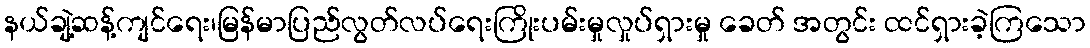
နယ်ချဲ့ဆန့်ကျင်ရေး၊မြန်မာပြည်လွတ်လပ်ရေးကြိုးပမ်းမှုလှုပ်ရှားမှု ခေတ် အတွင်း ထင်ရှားခဲ့ကြသော